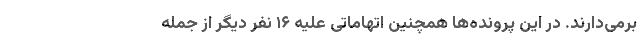
برمی‌دارند. در این پرونده‌ها همچنین اتهاماتی علیه ۱۶ نفر دیگر از جمله